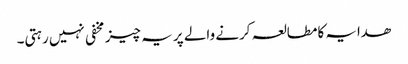
ھدایہ کامطالعہ کرنے والے پر یہ چیز مخفی نہیں رہتی۔